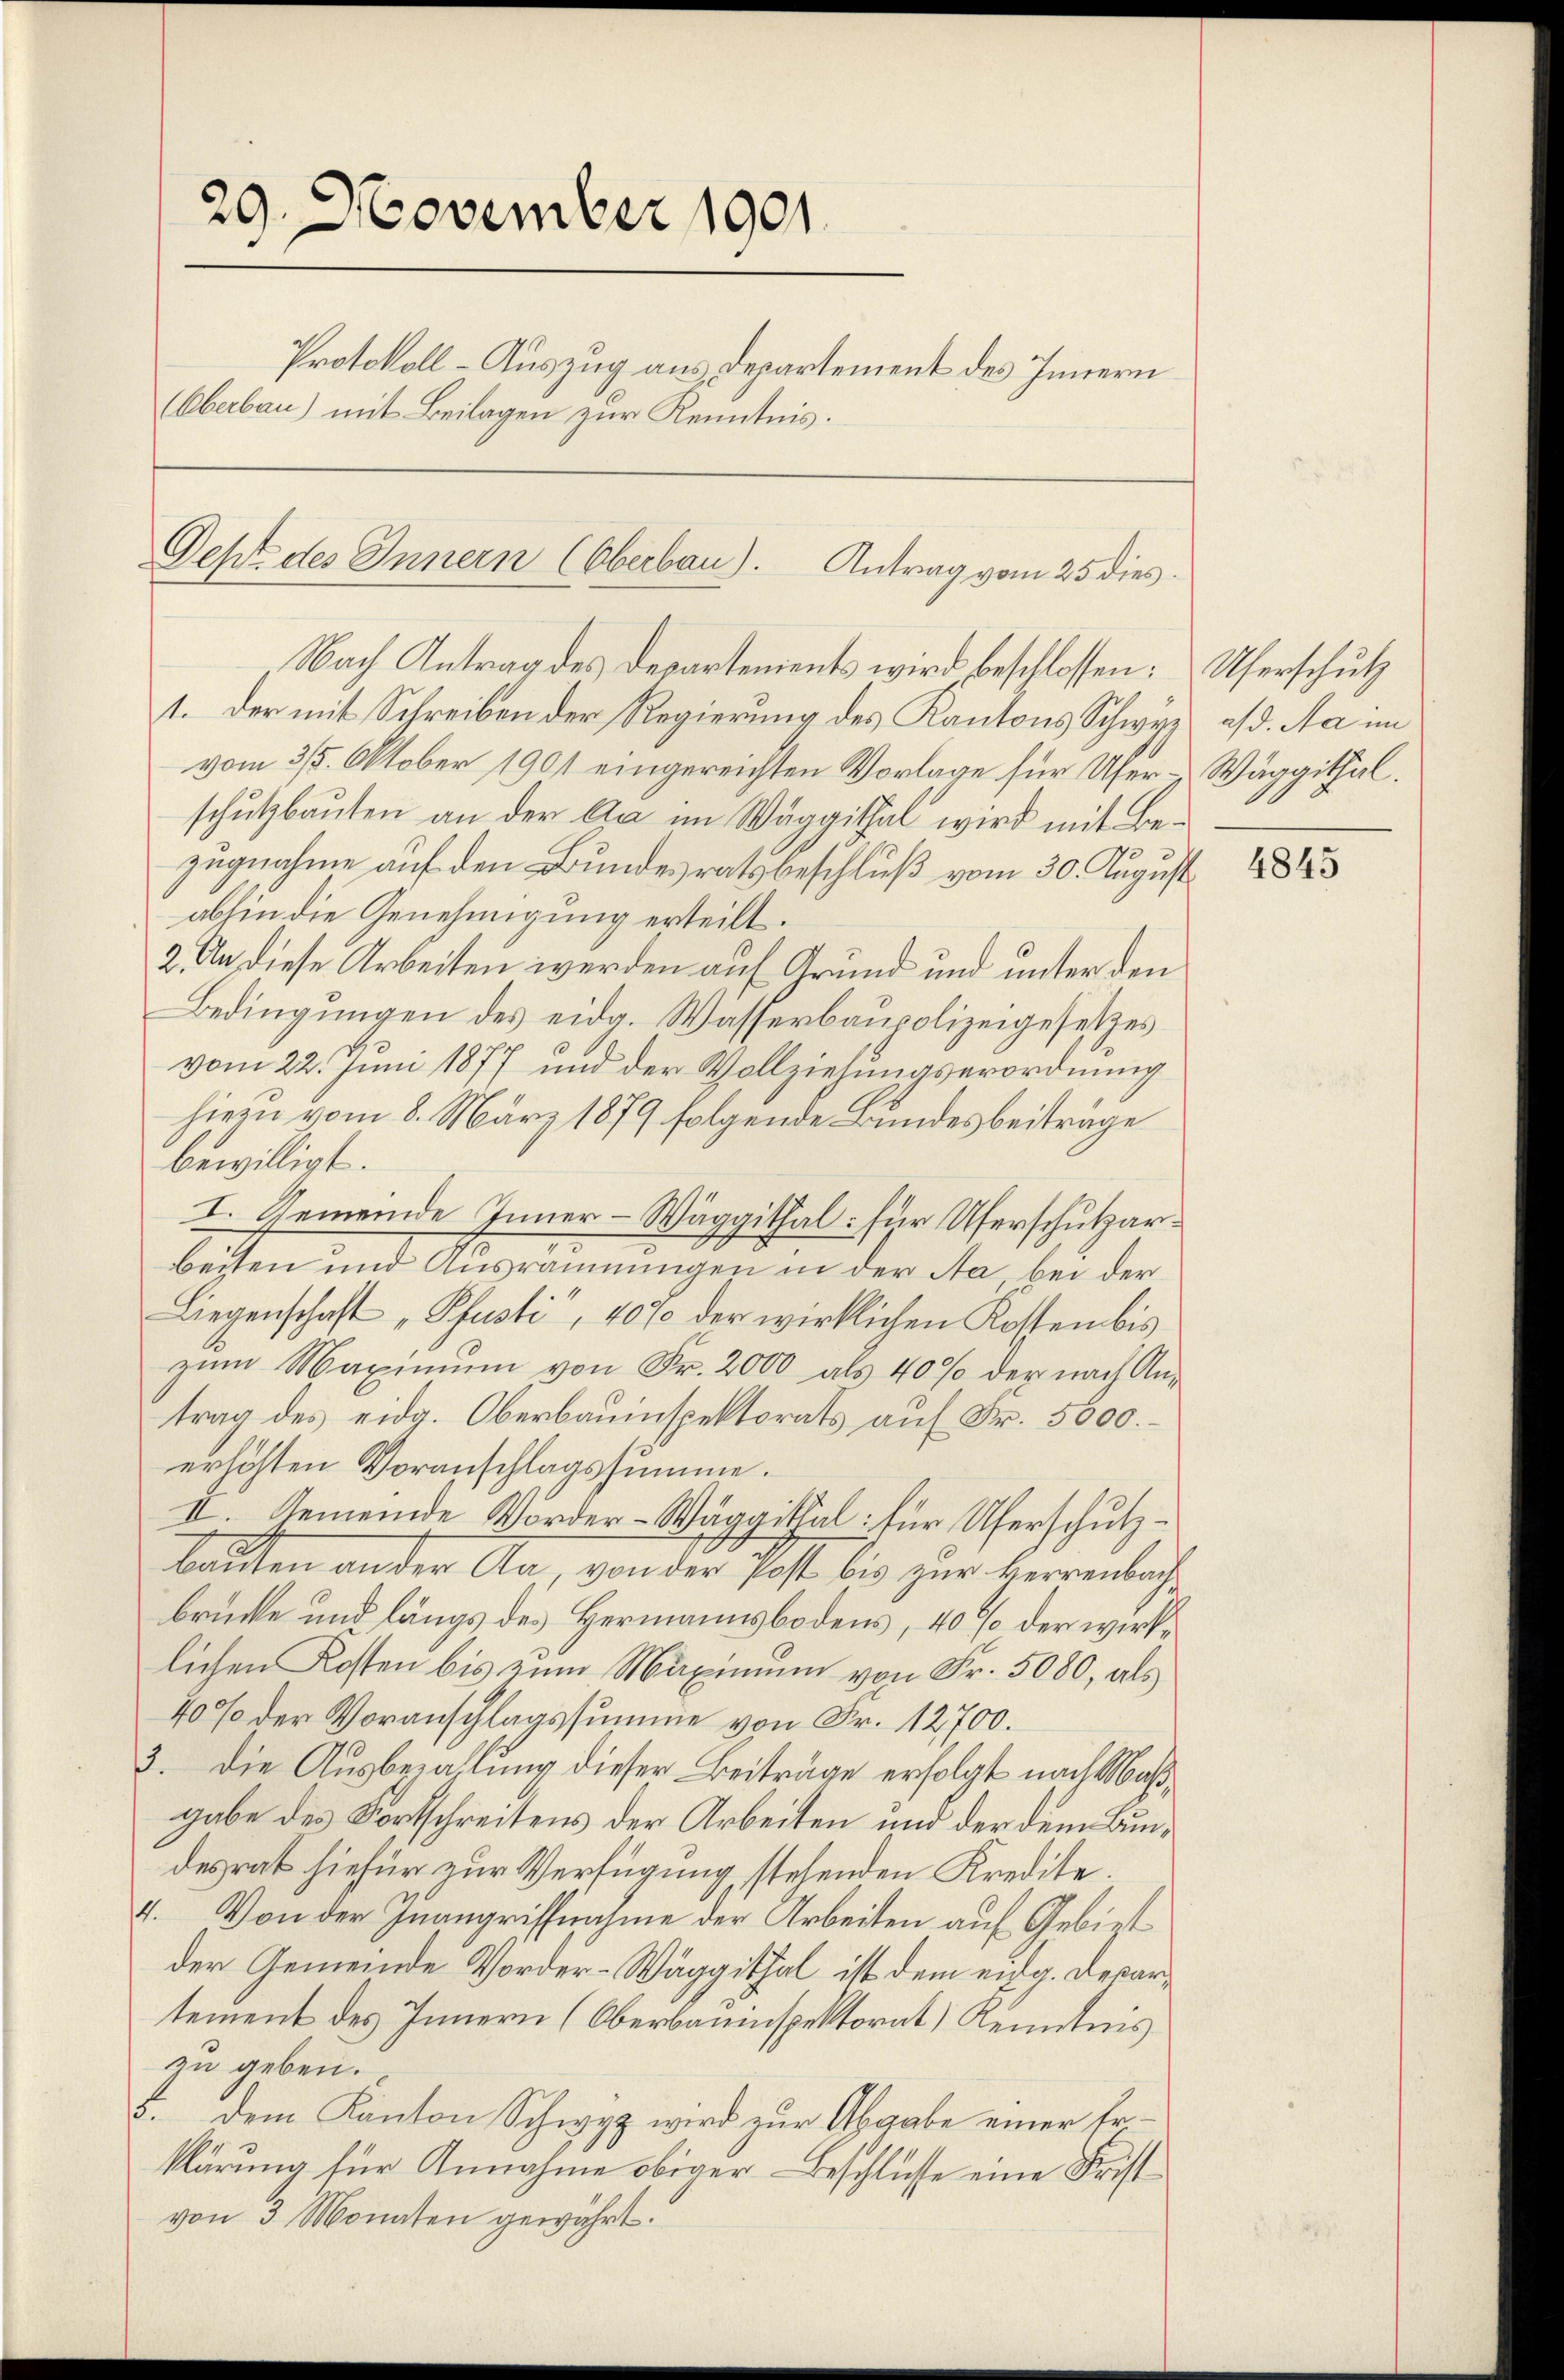
29. November 1901
Protokoll-Auszug aus Departement des Innern
(Oberbau) mit Beilagen zur Kenntnis.

Geht des Innern (Oberbau). Antrag vom 25 dies
Nach Antrag des Departements wird beschlossen: Uferschutz

1. Der mit Schreiben der Regierung des Kantons Schwyz a/d. Na im
vom 315. Oktober 1901 eingereichten Vorlage für Ufer-Wäggithal.
schutzbauten an der Ca im Wäggithal wird mit Bezugnahme auf den Bundesratsbeschluß vom 30. August
abhin die Genehmigung erteilt.
2. An diese Arbeiten werden auf Grund und unter den
Bedingungen des eidg. Wasserbaupolizeigesetzes
vom 22. Juni 1877 und der Vollziehungserordnung
hiezu vom 8. März 1879 folgende Bundesbeiträge
bewilligt.
I. Gemeinde Inner-Wäggithal: für Uferschutzarbeiten und Ausräumungen in der Aa bei der
Liegenschaft „Pfusti, 40% der wirklichen Kosten bis
zum Maximum von Fr. 2000 als 40% der nach Antrag des eidg. Oberbauinspektorats auf Fr. 5000.
erhöhten Voranschlagssumme.
II. Gemeinde Vorder-Wäggittal: für Uferschutzbauten an der Aa, von der Post bis zur Herrenbachbrücke und längs des Hermannsbodens, 40% der wirklichen Kosten bis zum Maximum von Fr. 5080, als
40% der Voranschlagssumme von Fr. 12700.
3. Die Ausbezahlung dieser Beiträge erfolgt nach Maßgabe des Fortschreitens der Arbeiten und der dem Bundesrat hiefür zur Verfügung stehenden Kredite.
4. Von der Inangriffnahme der Arbeiten auf Gebiet
der Gemeinde Vorder-Wäggithal ist dem eidg. Departement des Innern (Oberbauinspektorat) Kenntnis
zu geben.
3. dem Kanton Schwyz wird zur Abgabe einer Erklärung für Annahme obiger Beschlüsse eine Frist
von 3 Monaten gewährt.

4845